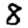
Digit: 8